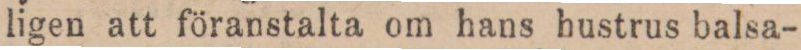
ligen att föranstalta om hans hustrus balsa-